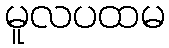
မူလပထမ